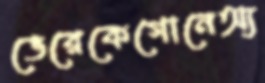
ভেরেকেগোনেঅ্য